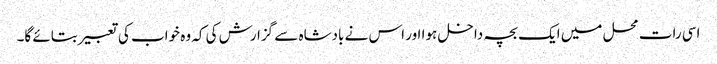
اسی رات محل میں ایک بچہ داخل ہوا اور اس نے بادشاہ سے گزارش کی کہ وہ خواب کی تعبیر بتائے گا۔